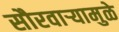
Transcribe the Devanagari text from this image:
सौरवार्‍यामुळे